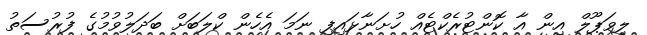
ލިވަޕޫލް އިން އާ ކޮންޓުރެކްޓެއް ހުށަނާޅައިފި ނަމަ އެހެން ކްލަބަށް ބަދަލުވުމުގެ ފުރުސަތު